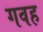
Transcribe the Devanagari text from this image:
गवह